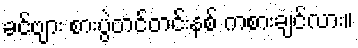
ခင်ဗျား စားပွဲတင်တင်းနစ် ကစားချင်လား။